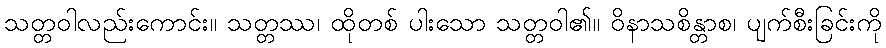
သတ္တဝါလည်းကောင်း။ သတ္တဿ၊ ထိုတစ် ပါးသော သတ္တဝါ၏။ ဝိနာသစိန္တာစ၊ ပျက်စီးခြင်းကို